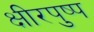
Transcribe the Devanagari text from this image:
क्षीरपुष्प